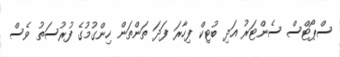
ސްޕޯޓްސް ސެންޓަރު އަދި ބުޓިކް ފިހާރަ ފަދަ ތަންތަން ހިންގުމުގެ ފުރުސަތު ވެސް